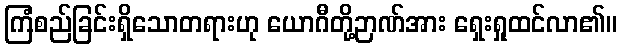
ကြံစည်ခြင်းရှိသောတရားဟု ယောဂီတို့ဉာဏ်အား ရှေးရှုထင်လာ၏။